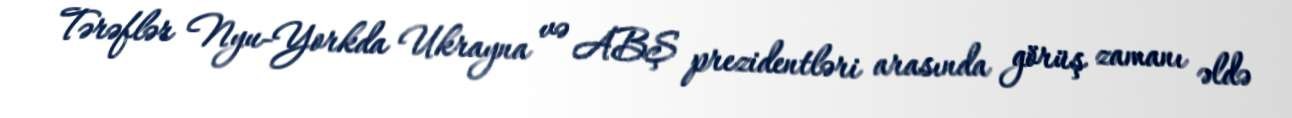
Tərəflər Nyu-Yorkda Ukrayna və ABŞ prezidentləri arasında görüş zamanı əldə